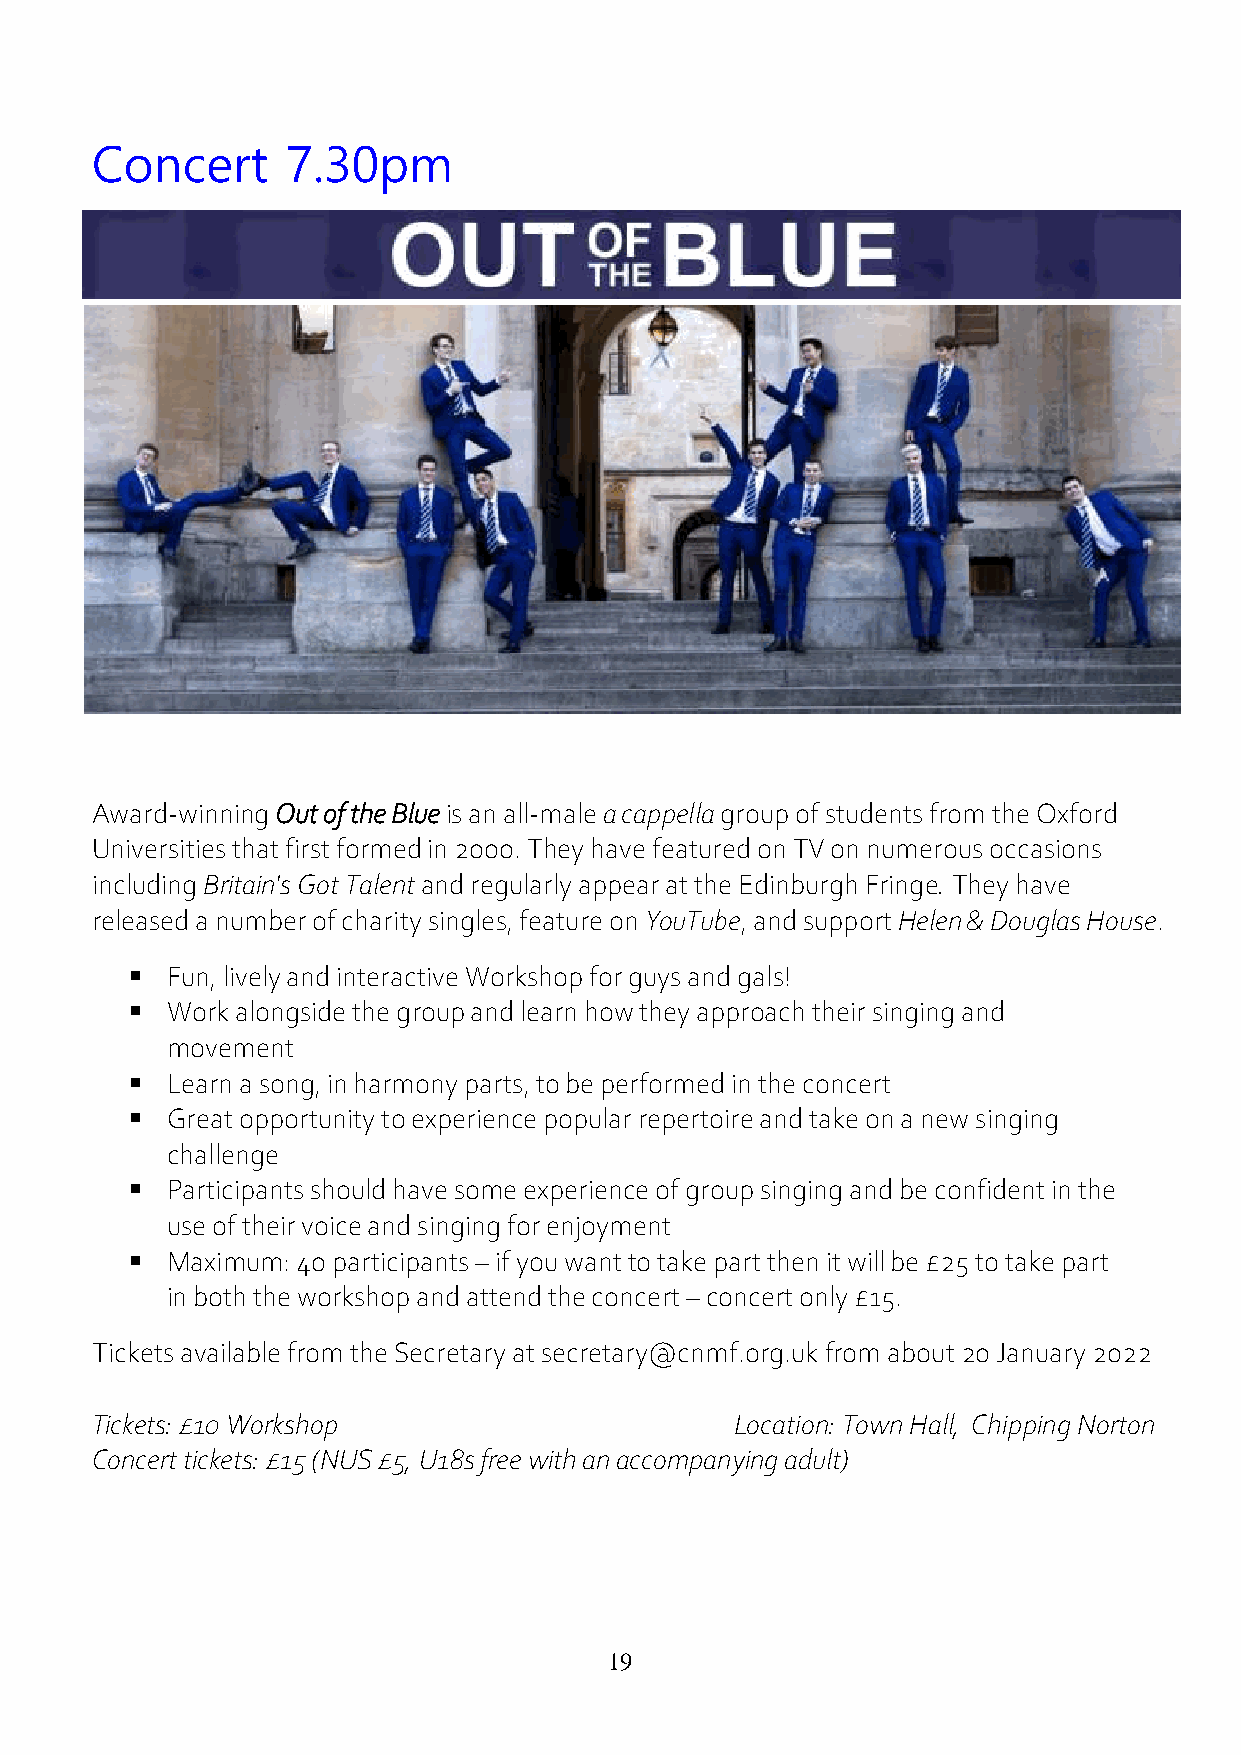
Concert      7.30pm
 Award-winning Out of the Blue is an all-male a cappella group of students from the Oxford
 Universities that first formed in 2000. They have featured on TV on numerous occasions
 including Britain's Got Talent and regularly appear at the Edinburgh Fringe. They have
 released a number of charity singles, feature on YouTube, and support Helen & Douglas House.
  Fun, lively and interactive Workshop for guys and gals!
  Work alongside the group and learn how they approach their singing and
 movement
  Learn a song, in harmony parts, to be performed in the concert
  Great opportunity to experience popular repertoire and take on a new singing
 challenge
  Participants should have some experience of group singing and be confident in the
 use of their voice and singing for enjoyment
  Maximum: 40 participants – if you want to take part then it will be £25 to take part
 in both the workshop and attend the concert – concert only £15.
 Tickets available from the Secretary at secretary@cnmf.org.uk from about 20 January 2022
 Tickets: £10 Workshop                      Location: Town Hall, Chipping Norton
 Concert tickets: £15 (NUS £5, U18s free with an accompanying adult)
 19